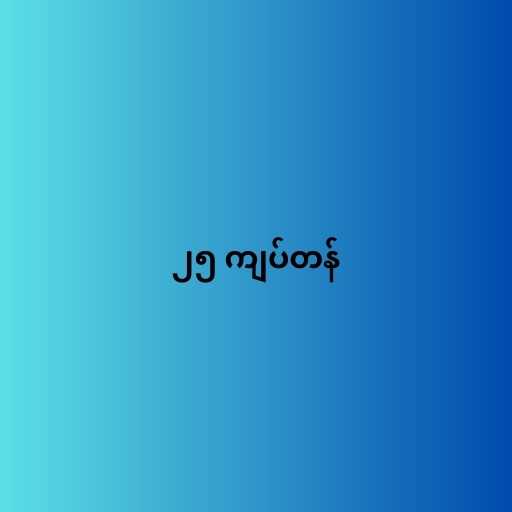
၂၅ ကျပ်တန်